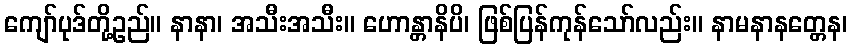
ကျော်ပုဒ်တို့ဥည်။ နာနာ၊ အသီးအသီး။ ဟောန္တာနိပိ၊ ဖြစ်ပြန်ကုန်သော်လည်း။ နာမနာနတ္တေန၊